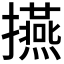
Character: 𭣅